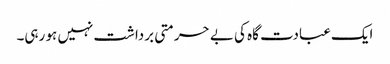
ایک عبادت گاہ کی بے حرمتی برداشت نہیں ہو رہی۔